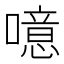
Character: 噫